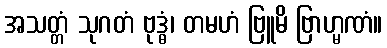
အသတ္တံ သုဂတံ ဗုဒ္ဓံ၊ တမဟံ ဗြူမိ ဗြာဟ္မဏံ။